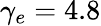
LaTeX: \gamma_{e}=4.8